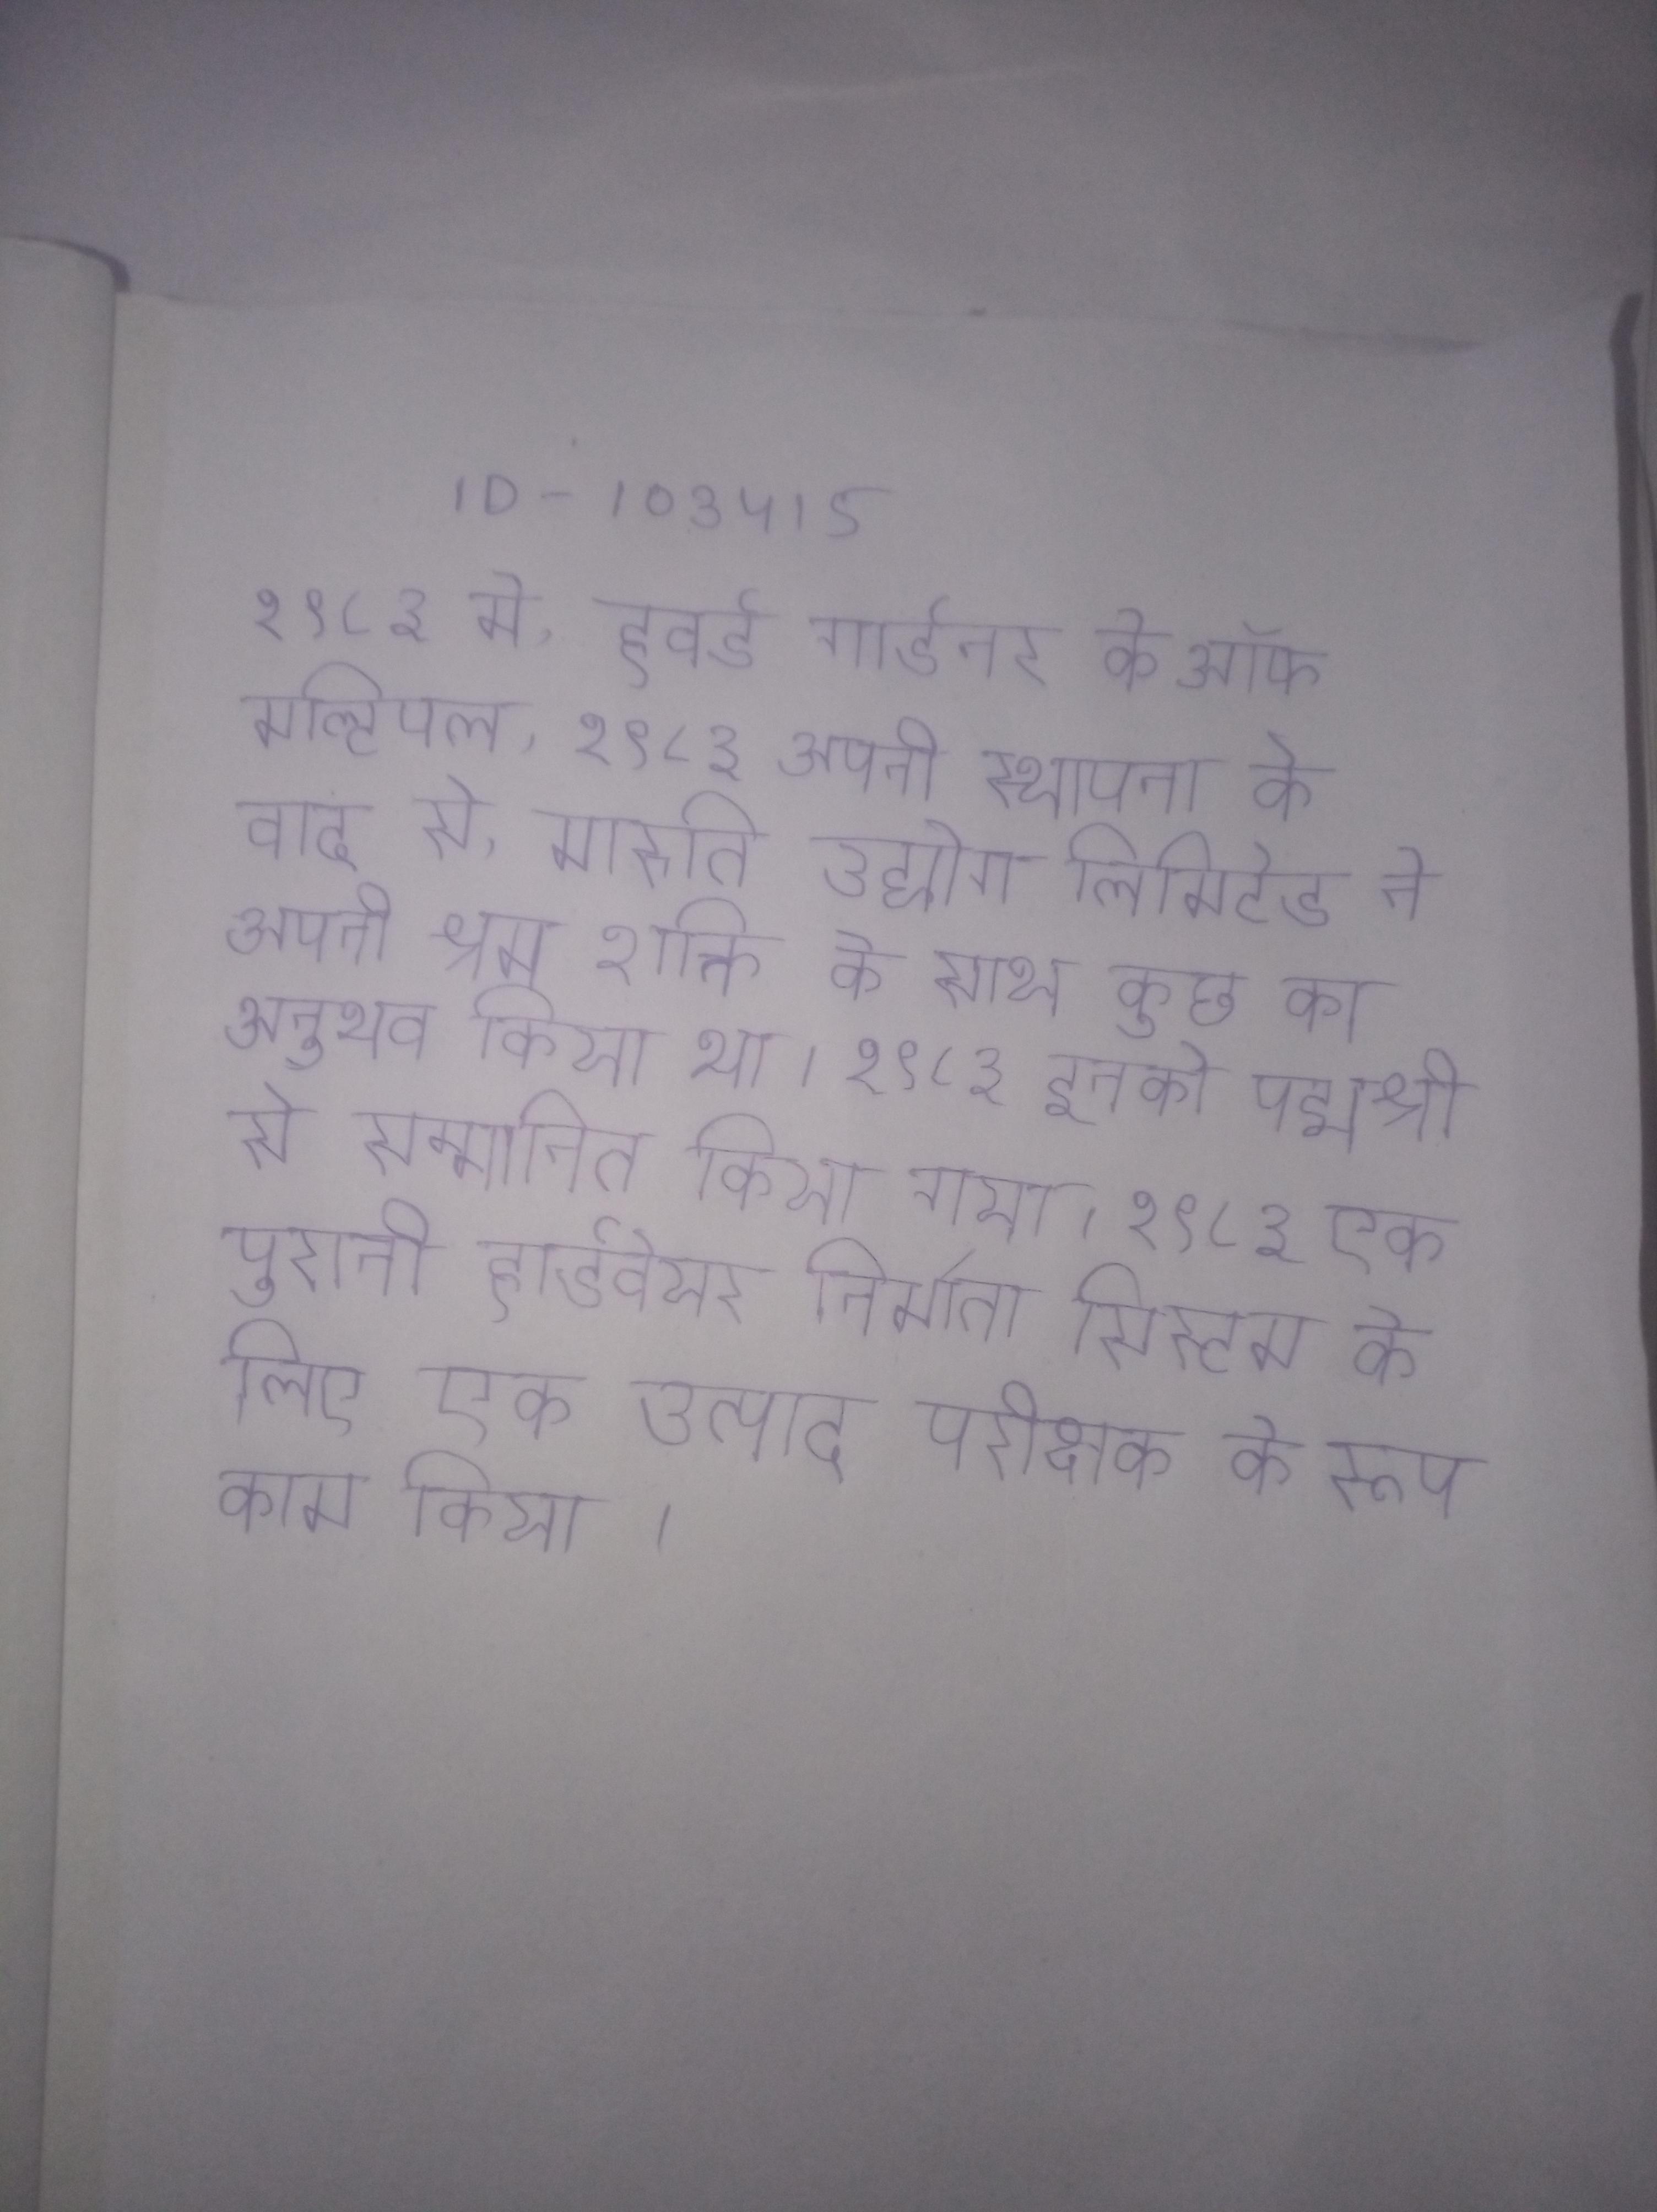
१९८३ मे, हवर्ड गार्डनर के ऑफ मल्टिपल . १९८३ अपनी स्थापना के बाद से, मारुति उद्योग लिमिटेड ने अपनी श्रम शक्ति के साथ कुछ का अनुभव किया था । १९८३ इनको पद्मश्री से सम्मानित किया गया । १९८३ एक पुरानी हार्डवेयर निर्माता सिस्टम के लिए एक उत्पाद परीक्षक के रूप काम किया ।